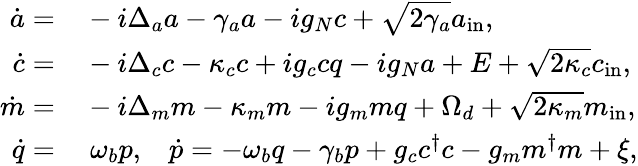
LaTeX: \begin{array}{rl}{\dot{a}=}&{{}-i\Delta_{a}a-\gamma_{a}a-ig_{N}c+\sqrt{2\gamma_{a}}a_{\mathrm{in}},}\\ {\dot{c}=}&{{}-i\Delta_{c}c-\kappa_{c}c+ig_{c}cq-ig_{N}a+E+\sqrt{2\kappa_{c}}c_{\mathrm{in}},}\\ {\dot{m}=}&{{}-i\Delta_{m}m-\kappa_{m}m-ig_{m}mq+\Omega_{d}+\sqrt{2\kappa_{m}}m_{\mathrm{in}},}\\ {\dot{q}=}&{{}\ \omega_{b}p,\, \, \, \, \, \dot{p}=-\omega_{b}q-\gamma_{b}p+g_{c}c^{\dagger}c-g_{m}m^{\dagger}m+\xi,}\end{array}